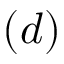
( d )